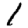
Digit: 1